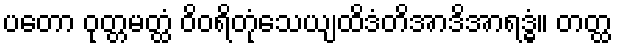
ပတော ဝုတ္တမတ္ထံ ဝိဝရိတုံသေယျထိဒံတိအာဒိအာရဒ္ဓံ။ တတ္ထ